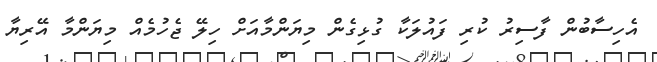
އެހިސާބުން ފާސިރު ކުރި ފައުލަކާ ގުޅިގެން މިޔަންމާއަށް ހިލޭ ޖެހުމެއް މިޔަންމާ އޭރިޔާ